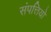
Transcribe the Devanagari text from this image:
संपत्तियो